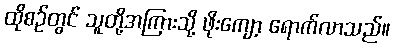
ထိုစဉ်တွင် သူတို့အကြားသို့ ဖိုးကျော့ ရောက်လာသည်။